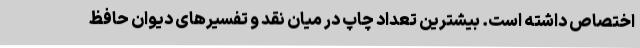
اختصاص داشته است. بیشترین تعداد چاپ در میان نقد و تفسیرهای دیوان حافظ